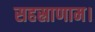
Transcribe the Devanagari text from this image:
सहस्राणाम।